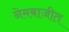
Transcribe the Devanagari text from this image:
नेमबाजीत